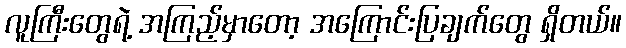
လူကြီးတွေရဲ့ အကြည့်မှာတော့ အကြောင်းပြချက်တွေ ရှိတယ်။